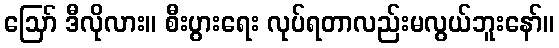
ဪ ဒီလိုလား။ စီးပွားရေး လုပ်ရတာလည်းမလွယ်ဘူးနော်။